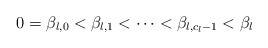
LaTeX: \begin{align*}0=\beta _{l,0}<\beta _{l,1}<\cdots <\beta _{l,c_l-1}<\beta _l\end{align*}